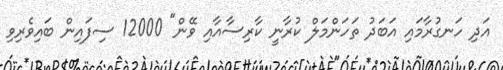
އަދި ހަނގުރާމައި އަބަދު ތަހަންމަލް ކުރާނީ ކާރިސާއާއި ވޭން" 12000 ސިފައިން ބައިވެރިވި